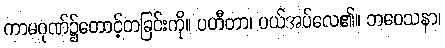
ကာမဂုဏ်၌တောင့်တခြင်းကို။ ပဟီတာ၊ ပယ်အပ်လေ၏။ ဘဝေသနာ၊